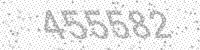
Solution: 455582